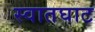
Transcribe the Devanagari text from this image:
स्वातघाट